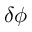
\delta \phi